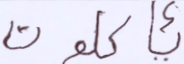
يأكلون